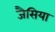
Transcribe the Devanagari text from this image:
जैसिया